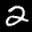
Label: 2